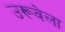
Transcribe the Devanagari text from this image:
उरूवेला